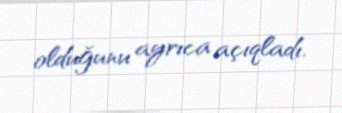
olduğunu ayrıca açıqladı.